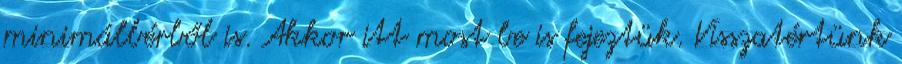
minimálbérből is. Akkor itt most be is fejeztük. Visszatértünk